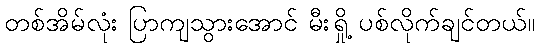
တစ်အိမ်လုံး ပြာကျသွားအောင် မီးရှို့ ပစ်လိုက်ချင်တယ်။